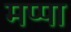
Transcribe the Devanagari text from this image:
मप्पा